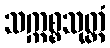
သက္ကစ္စသုတ္တံ